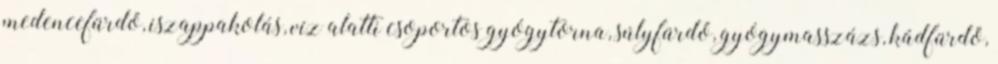
medencefürdő, iszappakolás, víz alatti csoportos gyógytorna, súlyfürdő, gyógymasszázs, kádfürdő,